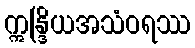
ဣန္ဒြိယအသံဝရဿ